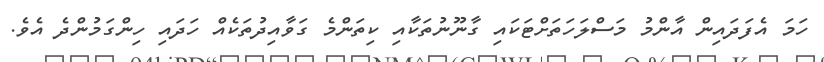
ހަމަ އެފަދައިން އާންމު މަސްލަހަތަށްޓަކައި ގާނޫނުތަކާއި ކިތަންމެ ގަވާއިދުތަކެއް ހަދައި ހިންގަމުންދެ އެވެ.